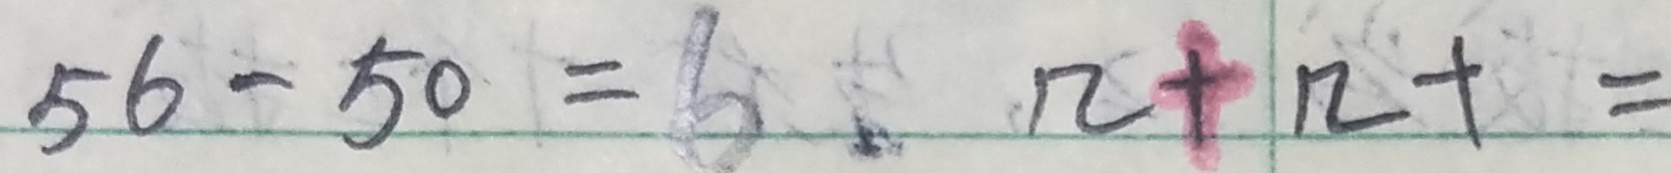
5 6 - 5 0 = 6 1 2 + 1 2 + =